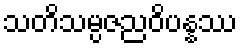
သတိသမ္ပဇညဝိပန္နဿ